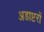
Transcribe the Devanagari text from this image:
अडाप्टरों